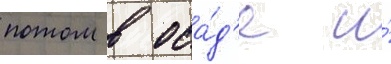
потом в оса́д'е и́